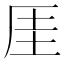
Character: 厓